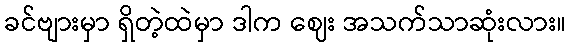
ခင်ဗျားမှာ ရှိတဲ့ထဲမှာ ဒါက ဈေး အသက်သာဆုံးလား။